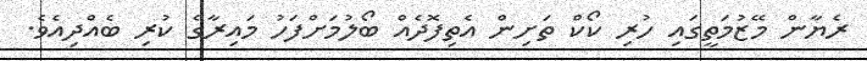
ރެޔާން މޭޒުމަތީގައި ހުރި ކޯކް ތަށިން އެތިފޮދެއް ބޯލުމަށްފަހު މައިރާގެ ކުރި ބެއްދިއެވެ.